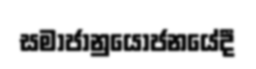
සමාජානුයෝජනයේදී